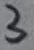
Text: 3